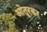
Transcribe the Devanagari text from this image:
ओतूरकर